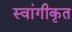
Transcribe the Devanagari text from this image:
स्वांगीकृत